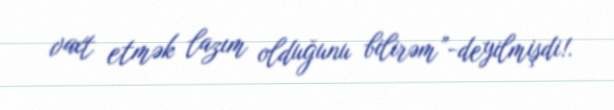
vaxt etmək lazım olduğunu bilirəm”-deyilmişdi!.